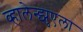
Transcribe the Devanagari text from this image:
व्हालेन्झुएला